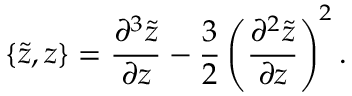
\{ \tilde { z } , z \} = \frac { \partial ^ { 3 } \tilde { z } } { \partial z } - \frac { 3 } { 2 } \left( \frac { \partial ^ { 2 } \tilde { z } } { \partial z } \right) ^ { 2 } .